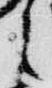
之